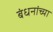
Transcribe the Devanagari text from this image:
बंधनांच्या